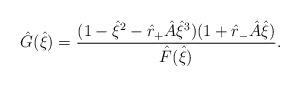
LaTeX: \begin{align*}\hat{G}(\hat{\xi}) =\frac{(1-\hat{\xi}^2- \hat{r}_+\hat{A} \hat{\xi}^3)(1+\hat{r}_-\hat{A}\hat{\xi}) }{\hat{F}(\hat{\xi})}.\end{align*}